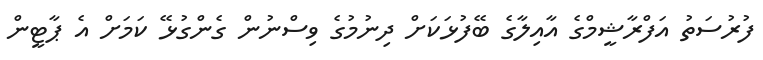
ފުރުސަތު އަފްރާޝީމްގެ އާއިލާގެ ބޭފުޅަކަށް ދިނުމުގެ ވިސްނުން ގެންގުޅޭ ކަމަށް އެ ޕާޓީން